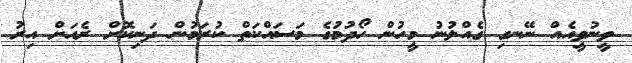
ވީނުވީއެއް ނޭނގި ގެއްލުނު މީހުން ހޯދުމުގެ މަސައްކަތް ކުރަމުން ދަނިކޮށް ރެއަށް އިރު